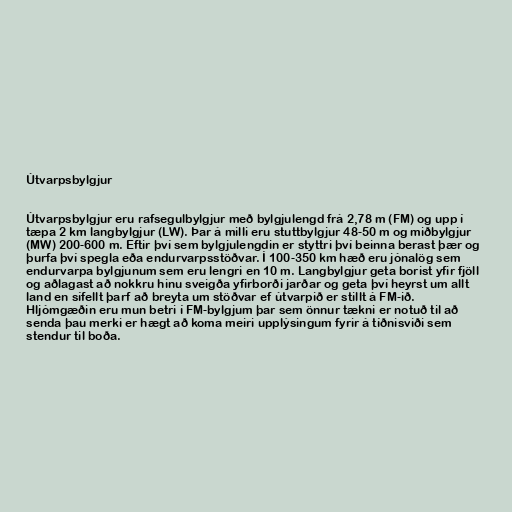
Útvarpsbylgjur

Útvarpsbylgjur eru rafsegulbylgjur með bylgjulengd frá 2,78 m (FM) og upp í
tæpa 2 km langbylgjur (LW). Þar á milli eru stuttbylgjur 48-50 m og miðbylgjur
(MW) 200-600 m. Eftir því sem bylgjulengdin er styttri því beinna berast þær og
þurfa því spegla eða endurvarpsstöðvar. Í 100-350 km hæð eru jónalög sem
endurvarpa bylgjunum sem eru lengri en 10 m. Langbylgjur geta borist yfir fjöll
og aðlagast að nokkru hinu sveigða yfirborði jarðar og geta því heyrst um allt
land en sífellt þarf að breyta um stöðvar ef útvarpið er stillt á FM-ið.
Hljómgæðin eru mun betri í FM-bylgjum þar sem önnur tækni er notuð til að
senda þau merki er hægt að koma meiri upplýsingum fyrir á tíðnisviði sem
stendur til boða.